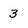
Character: 3